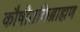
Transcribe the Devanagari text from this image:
कौषीतकिब्राह्मण